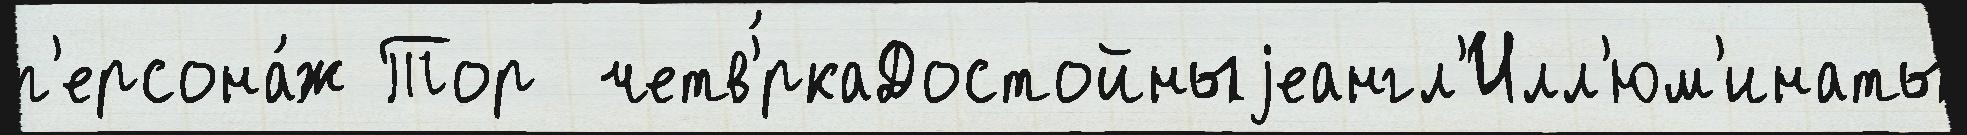
п'ерсона́ж Тор  четв'́ркаДостойныjеангл'Илл'юм'инаты